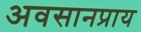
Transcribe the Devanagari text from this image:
अवसानप्राय